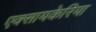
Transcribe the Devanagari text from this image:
एक्सायकेरिया